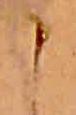
こ